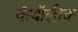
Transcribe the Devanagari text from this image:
कॅथॉलीक